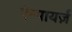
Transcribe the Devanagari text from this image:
ऐम्पायर्ज़